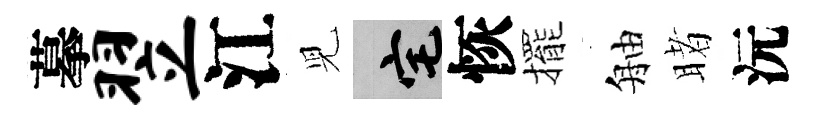
摹翌江児宅恢擺舳睹沅